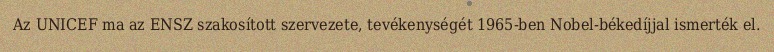
Az UNICEF ma az ENSZ szakosított szervezete, tevékenységét 1965-ben Nobel-békedíjjal ismerték el.